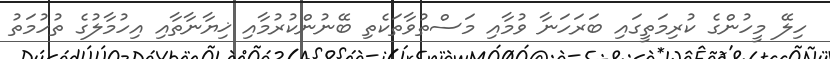
ހިލޭ މީހުންގެ ކުރިމަތީގައި ބަރަހަނާ ވުމާއި މަސްތުވާތަކެތި ބޭނުންކުރުމާއި ޚިޔާނާތާއި އިހުމާލުގެ ތުހުމަތު